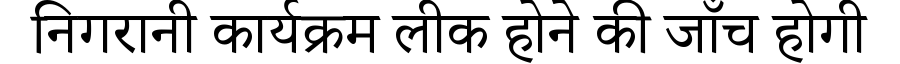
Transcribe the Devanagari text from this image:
निगरानी कार्यक्रम लीक होने की जाँच होगी